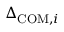
\Delta _ { \mathrm { C O M } , i }